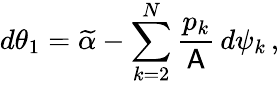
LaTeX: d\theta_{1}=\widetilde{\alpha}-\sum_{k=2}^{N}\frac{p_{k}}{\mathsf{A}}\, d\psi_{k}\, ,